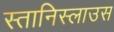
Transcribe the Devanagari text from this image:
स्तानिस्लाउस